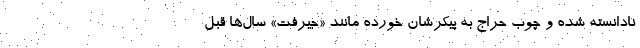
نادانسته شده و چوب حراج به پیکرشان خورده مانند «جیرفت»ِ سال‌ها قبل